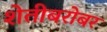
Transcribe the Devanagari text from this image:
शेतीबरोबर